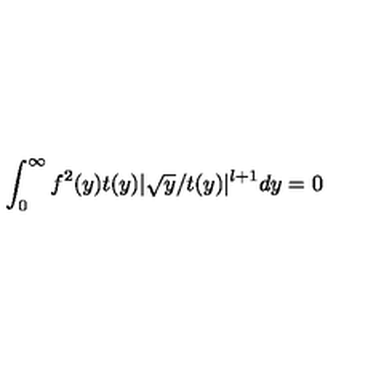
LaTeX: \int _ { 0 } ^ { \infty } f ^ { 2 } ( y ) t ( y ) | \sqrt y / t ( y ) | ^ { l + 1 } d y = 0